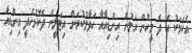
އެކަމަކު އެ ދެ މީހުން އަލުން އިންޑިއާއާ ހަވާލުކުރަން އިޓަލީން ދެކޮޅުހެދީ އިންޑިއާ